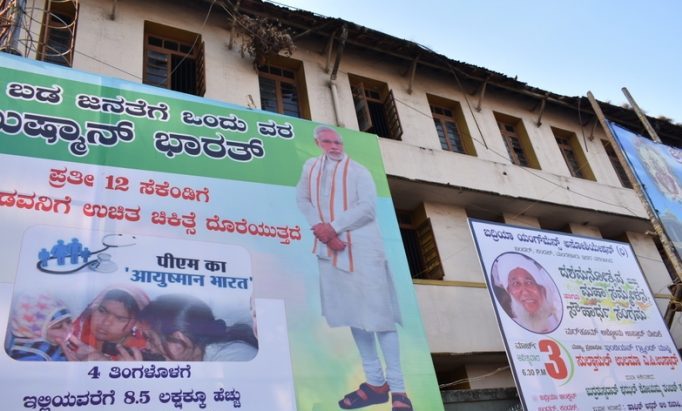
Language: kannada
Transcription: ಲಕ್ಷಕ್ಕೂ ಇಲ್ಲಿಯವರೆಗೆ ಹೆಚ್ಚು ಬಡ ಒಂದು ಜನತೆಗೆ ಪ್ರತೀ ಸೆಕೆಂಡಿಗೆ ದೊರೆಯುತ್ತದೆ ಚಿಕಿತ್ಸೆ ಉಚಿತ ಭಾರತ್ ವರ ತಿಂಗಳೊಳಗೆ